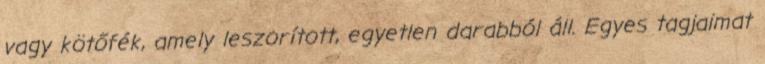
vagy kötőfék, amely leszorított, egyetlen darabból áll. Egyes tagjaimat